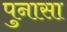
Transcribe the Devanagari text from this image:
पुनासा